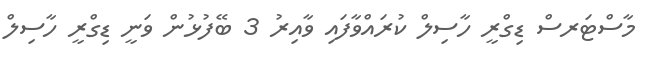
މާސްޓަރސް ޑިގްރީ ހާސިލް ކުރައްވާފައި ވާއިރު 3 ބޭފުޅުން ވަނީ ޑިގްރީ ހާސިލް